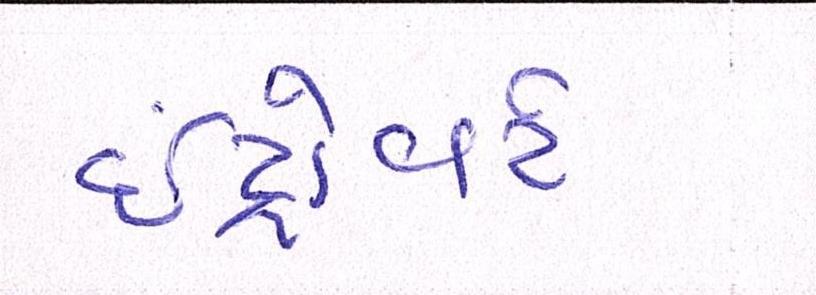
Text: ઇંટ્રોવર્ટ